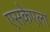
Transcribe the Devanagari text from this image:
एसकेएला